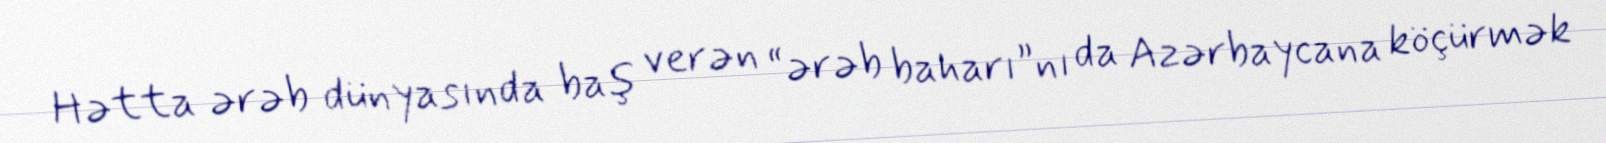
Hətta ərəb dünyasında baş verən “ərəb baharı”nı da Azərbaycana köçürmək